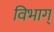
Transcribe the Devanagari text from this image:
विभाग्